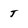
Character: T